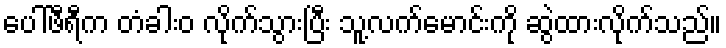
ပေါ်ဖီရီက တံခါးဝ လိုက်သွားပြီး သူ့လက်မောင်းကို ဆွဲထားလိုက်သည်။